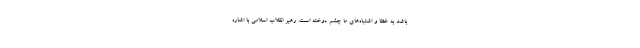
باشد به خطا و اشتباه‌های ما چشم دوخته است. رهبر انقلاب اسلامی با اشاره